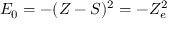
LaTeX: E _ { 0 } = - ( Z - S ) ^ { 2 } = - Z _ { e } ^ { 2 }